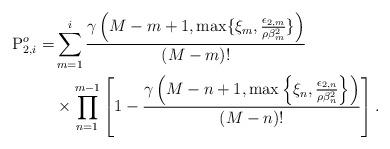
LaTeX: \begin{align*} \mathrm{P}_{2,i}^o=& \sum^{i}_{m=1}\frac{\gamma\left(M-m+1,\max\{\xi_m, \frac{\epsilon_{2,m}}{\rho \beta_m^2 }\}\right)}{(M-m)!} \\ &\times \prod^{m-1}_{n=1}\left[1-\frac{\gamma\left(M-n+1,\max\left\{\xi_n, \frac{\epsilon_{2,n}}{\rho \beta_n^2 }\right\} \right)}{(M-n)!}\right].\end{align*}